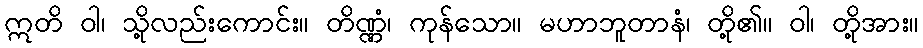
ဣတိ ဝါ၊ သို့လည်းကောင်း။ တိဏ္ဏံ၊ ကုန်သော။ မဟာဘူတာနံ၊ တို့၏။ ဝါ၊ တို့အား။